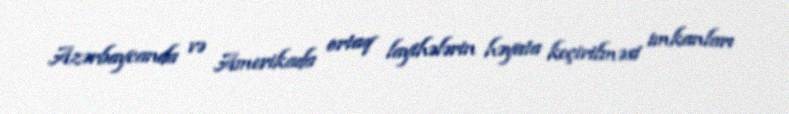
Azərbaycanda və Amerikada ortaq layihələrin həyata keçirilməsi imkanları